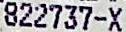
822737-X